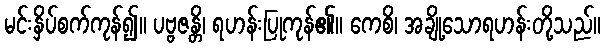
မင်းနှိပ်စက်ကုန်၍။ ပဗ္ဗဇန္တိ၊ ရဟန်းပြုကုန်၏။ ကေစိ၊ အချို့သောရဟန်းတို့သည်။